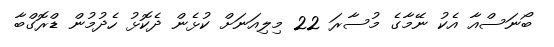
ބޯނަސްއާ އެކު ނޭމާގެ މުސާރަ 22 މިލިއަނަށް ކުޅެން ދެކޮޅު ހެދުމުން ޑްރޮގްބާ